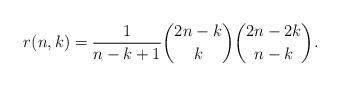
LaTeX: \begin{align*}r(n,k)=\frac{1}{n-k+1}{2n-k \choose k}{2n-2k \choose n-k}.\end{align*}